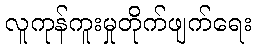
လူကုန်ကူးမှုတိုက်ဖျက်ရေး